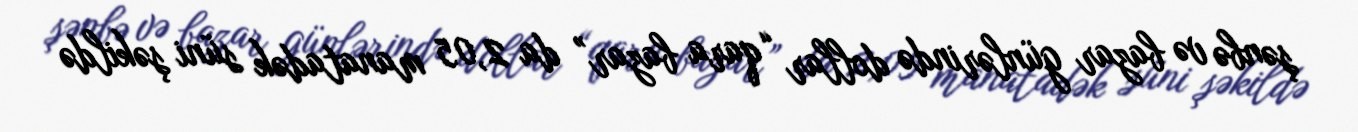
şənbə və bazar günlərində dollar “qara bazar” da 2,05 manatadək süni şəkildə